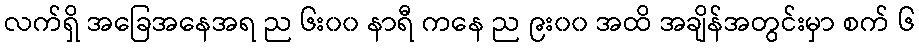
လက်ရှိ အခြေအနေအရ ည ၆း၀၀ နာရီ ကနေ ည ၉း၀၀ အထိ အချိန်အတွင်းမှာ စက် ၆